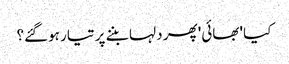
کیا 'بھائی' پھر دلہا بننے پر تیار ہوگئے؟